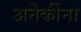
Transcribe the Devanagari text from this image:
अनेकींना